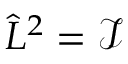
\hat { L } ^ { 2 } = \mathcal { I }